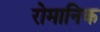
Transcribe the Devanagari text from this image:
रोमानिक